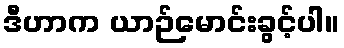
ဒီဟာက ယာဉ်မောင်းခွင့်ပါ။